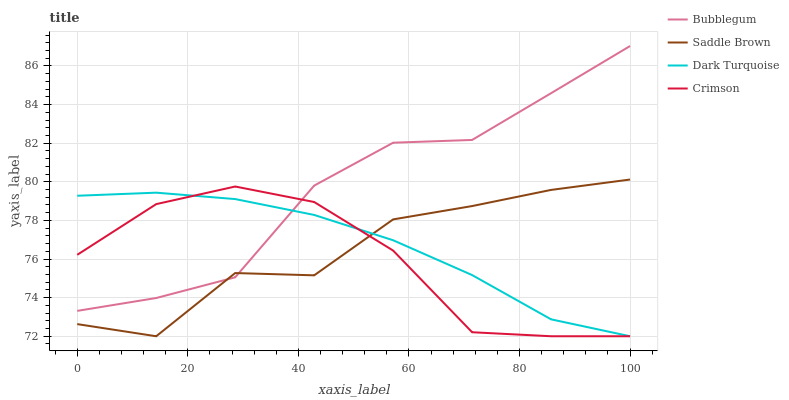
| xaxis_label | Bubblegum | Saddle Brown | Dark Turquoise | Crimson |
 | --- | --- | --- | --- | --- |
 | 0 | 73.3 | 72.6 | 79.3 | 76.2 |
 | 14.3 | 74 | 72 | 79.4 | 78.8 |
 | 28.6 | 75.1 | 75.3 | 79.1 | 79.8 |
 | 42.9 | 79.8 | 75.2 | 78.3 | 79 |
 | 57.1 | 82 | 78.1 | 77 | 76.4 |
 | 71.4 | 82.2 | 78.7 | 75.2 | 72.2 |
 | 85.7 | 84.6 | 79.6 | 72.9 | 72 |
 | 100 | 87 | 80.1 | 72 | 72 |